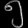
Digit: ၅